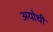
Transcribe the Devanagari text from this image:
अयोथी